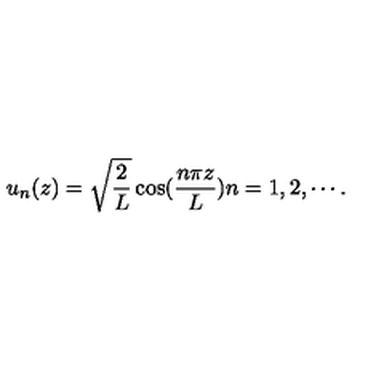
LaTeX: u _ { n } ( z ) = \sqrt { \frac { 2 } { L } } \cos ( \frac { n \pi z } { L } ) n = 1 , 2 , \cdots .